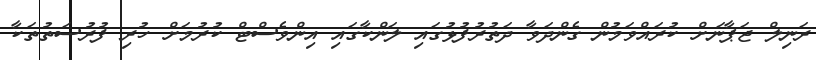
ރަނިލް ޖަޕާނަށް ކުރައްވަމުން ގެންދަވާ ދަތުރުފުޅުގައި ލަންކާގައި އިންވެސްޓް ކުރުމަށް ހުރި ފުރުސަތުތަކާ